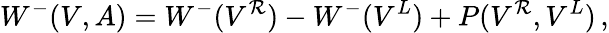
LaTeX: W^{-}(V,A)=W^{-}(V^{\mathcal{R}})-W^{-}(V^{L})+P(V^{\mathcal{R}},V^{L})\, ,